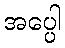
အပ္ပေါ